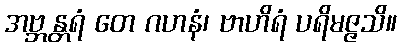
အဗ္ဘန္တရံ တေ ဂဟနံ၊ ဗာဟိရံ ပရိမဇ္ဇသိ။